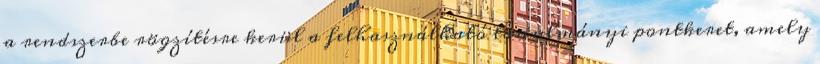
a rendszerbe rögzítésre kerül a felhasználható tanulmányi pontkeret, amely